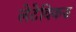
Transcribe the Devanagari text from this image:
लेटेविकस